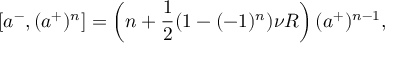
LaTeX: [ a ^ { - } , ( a ^ { + } ) ^ { n } ] = \left( n + \frac { 1 } { 2 } ( 1 - ( - 1 ) ^ { n } ) \nu R \right) ( a ^ { + } ) ^ { n - 1 } ,